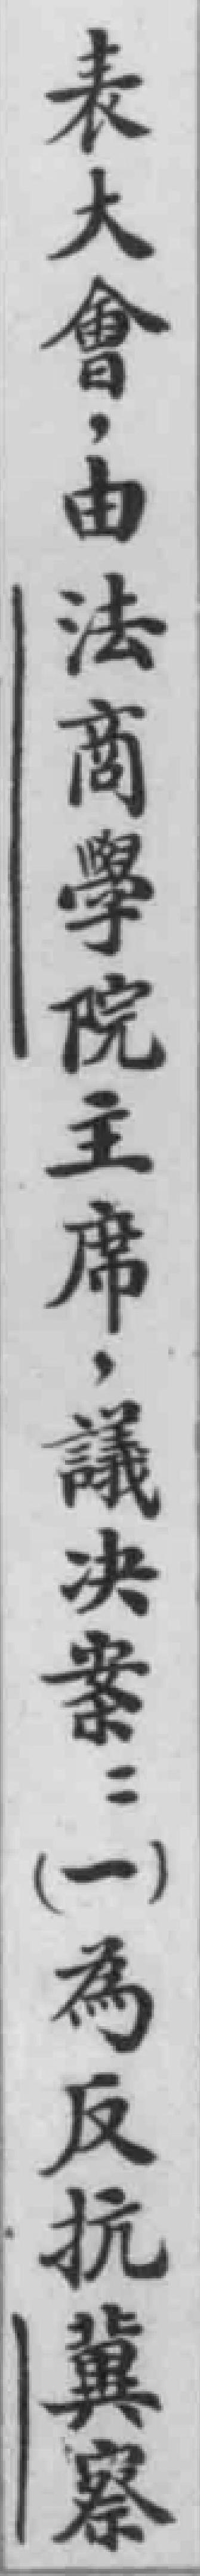
表大會，由法商學院主席，議決案：（一）為反抗冀察